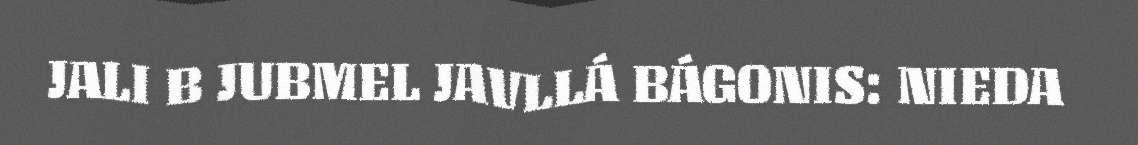
JALI B JUBMEL JAVLLÁ BÁGONIS: NIEDA